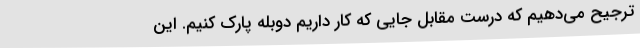
ترجیح می‌دهیم که درست مقابل جایی که کار داریم دوبله پارک کنیم. این